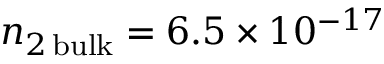
n _ { 2 \, \mathrm { b u l k } } = 6 . 5 \times 1 0 ^ { - 1 7 }